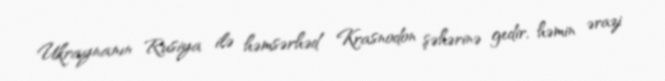
Ukraynanın Rusiya ilə həmsərhəd Krasnodon şəhərinə gedir, həmin ərazi